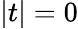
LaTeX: |t|=0